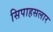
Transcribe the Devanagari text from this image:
सिपाहसलार